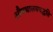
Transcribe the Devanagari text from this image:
औषधालयपद्धति